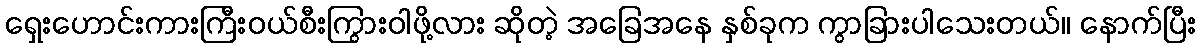
ရှေးဟောင်းကားကြီးဝယ်စီးကြွားဝါဖို့လား ဆိုတဲ့ အခြေအနေ နှစ်ခုက ကွာခြားပါသေးတယ်။ နောက်ပြီး